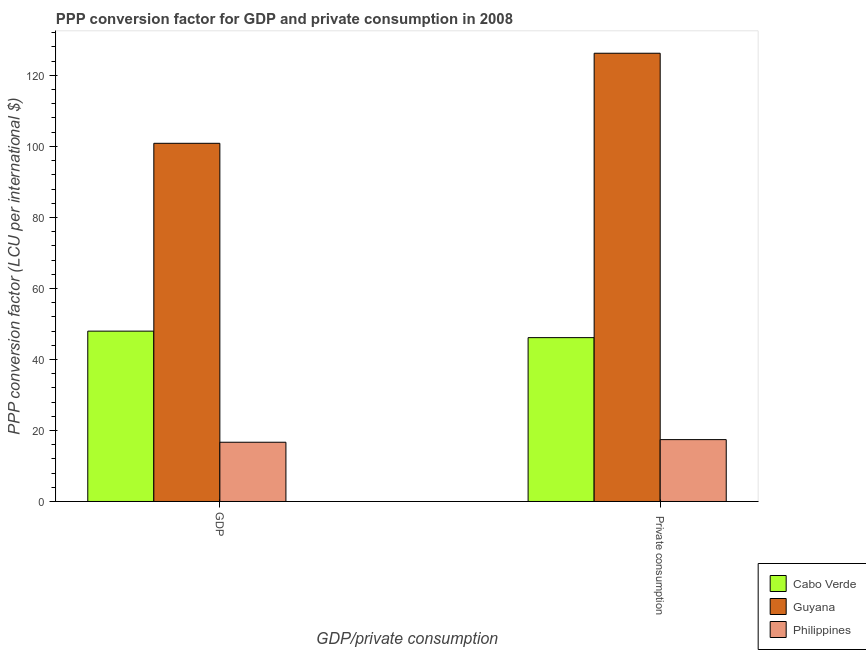
| GDP/private consumption | Cabo Verde | Guyana | Philippines |
 | --- | --- | --- | --- |
 | GDP | 48 | 101 | 16.7 |
 |  Private consumption | 46.1 | 126 | 17.4 |